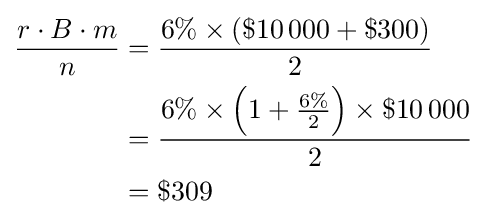
{\begin{aligned}{\frac {r\cdot B\cdot m}{n}}&={\frac {6\%\times \left(\$10\,000+\$300\right)}{2}}\\&={\frac {6\%\times \left(1+{\frac {6\%}{2}}\right)\times \$10\,000}{2}}\\&=\$309\end{aligned}}